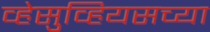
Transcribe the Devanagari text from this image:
व्हेसुव्हियसच्या